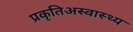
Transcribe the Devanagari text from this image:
प्रकृतिअस्वास्थ्य